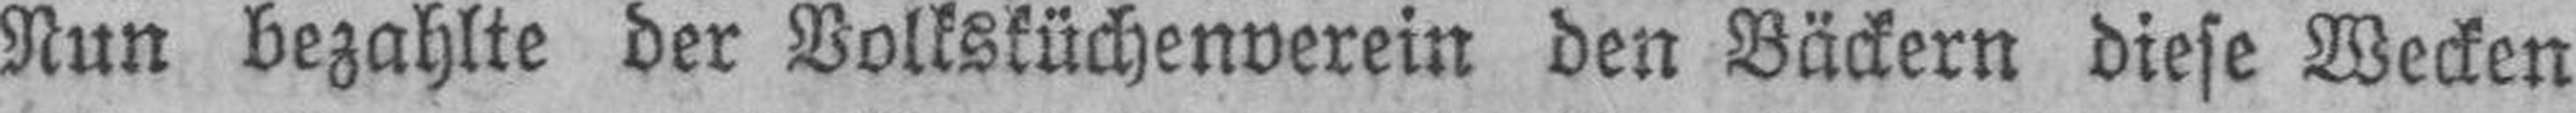
Nun bezahlte der Volksküchenverein den Bäckern diese Wecken